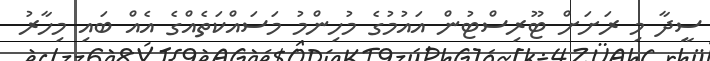
ސީދާ މި ރަށަށް ޓޫރިސްޓުން އައުމުގެ މުހިންމު މަސައްކަތެއްގެ އެއް ބައި މިހާރު